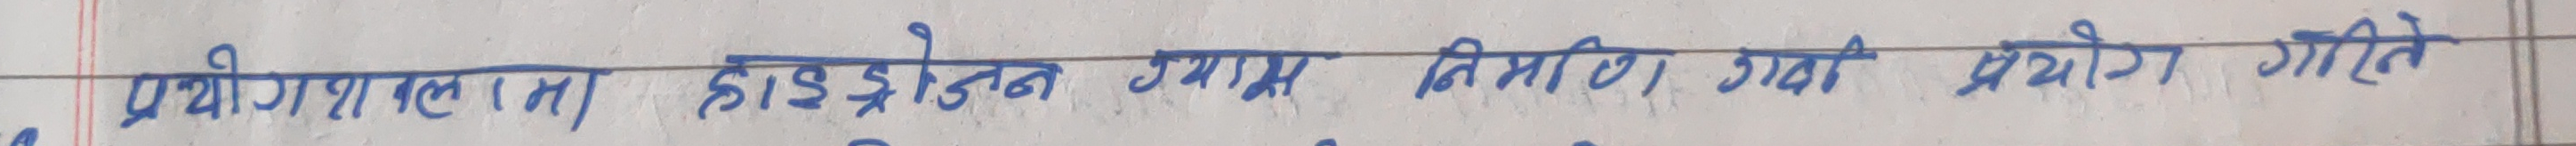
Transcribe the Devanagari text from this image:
प्रयोगात्मकता हाइड्रोजन ग्यास विधि प्रयोग गरिने